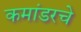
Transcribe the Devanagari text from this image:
कमांडरचे